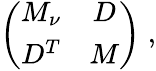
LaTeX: \left(\begin{array}{cc}{{M_{\nu}}}&{{D}}\\ {{D^{T}}}&{{M}}\end{array}\right)\; ,